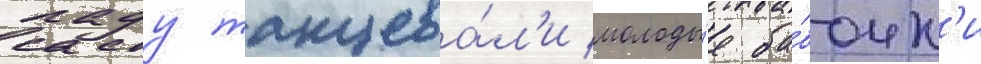
саду танцева́л'и молоды́е ба́бочк'и